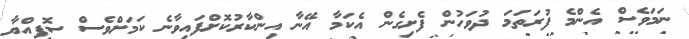
ނަމަވެސް އެންމެ ފުރަތަމަ ދުވަހުން ފެށިގެން އެކަމާ އޭނާ އިންކާރުކޮށްފައިވާނެ ކަމަށްވެސް ސޮފިއްޔާ